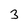
Character: 3